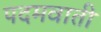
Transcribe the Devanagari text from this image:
पदमवाती